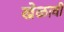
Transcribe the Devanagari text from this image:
खेळावी